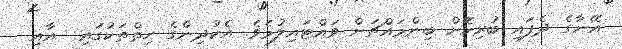
އޭނާގެ ދެފައި ބުރިކޮށް ބިންމައްޗަށް ވައްޓައިލުމެވެ. އެކުދިންގެ ހިތްތަކުގައި  އާއި